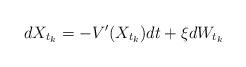
LaTeX: \begin{align*}dX_{t_{k}}=-V'(X_{t_{k}})dt+\xi dW_{t_{k}}\end{align*}